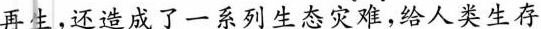
再生，还造成了一系列生态灾难，给人类生存